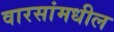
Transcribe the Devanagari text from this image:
वारसांमधील